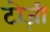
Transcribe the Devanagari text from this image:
टोज़ी